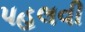
પહલવી